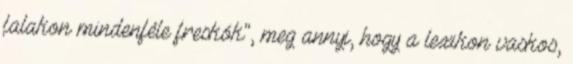
falakon mindenféle freskók", meg annyi, hogy a lexikon vaskos,